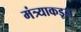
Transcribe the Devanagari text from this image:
मंत्र्याकडून